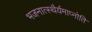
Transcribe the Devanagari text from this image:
भजनात्स्थैर्यमाप्नोति